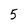
Character: 5